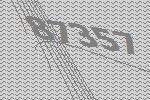
87357